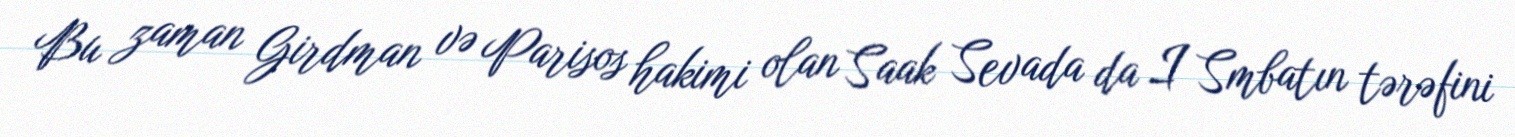
Bu zaman Girdman və Parisos hakimi olan Saak Sevada da I Smbatın tərəfini